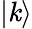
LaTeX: |\mathit{k}\rangle